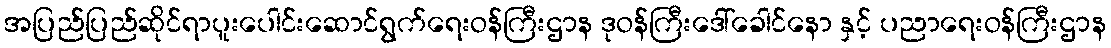
အပြည်ပြည်ဆိုင်ရာပူးပေါင်းဆောင်ရွက်ရေးဝန်ကြီးဌာန ဒုဝန်ကြီးဒေါ်ခေါင်နော နှင့် ပညာရေးဝန်ကြီးဌာန